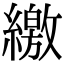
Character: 繳